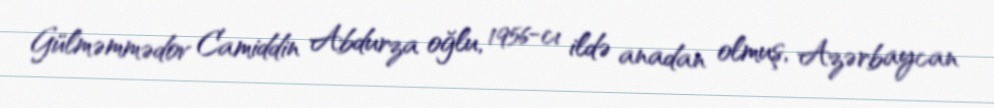
Gülməmmədov Camiddin Abdurza oğlu, 1956-cı ildə anadan olmuş, Azərbaycan